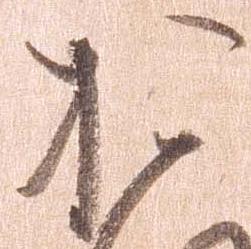
お